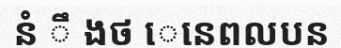
នំ ឹ ងថ េនេពលបន